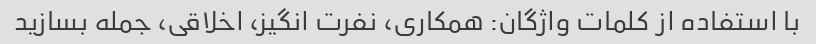
با استفاده از کلمات واژگان: همکاری، نفرت انگیز، اخلاقی، جمله بسازید